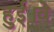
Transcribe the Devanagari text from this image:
हुई।वे